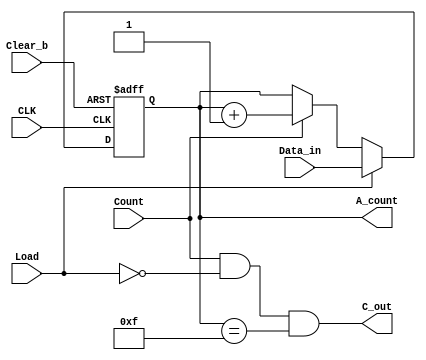
module Binary_Counter_4_Par_Load(
	output reg [3:0]	A_count,	// Data output
	output		C_out,	// Output carry
	input [3:0]	Data_in,	// Data input
	input		Count,	// Active high to count
			Load,	// Active high to load
			CLK,	// Positive-edge sensitive
			Clear_b	// Active low
);

assign C_out = Count && (~Load) && (A_count == 4'b1111);
always @ (posedge CLK, negedge Clear_b)
	if(~Clear_b)		A_count <= 4'b0000;
	else if(Load)		A_count <= Data_in;
	else if(Count)		A_count <= A_count + 1'b1;
	else			A_count <= A_count; // redundant statement
endmodule